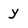
Character: y